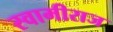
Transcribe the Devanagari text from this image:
स्वामीराज